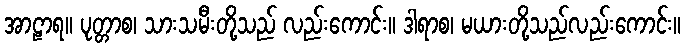
အာဠာရ။ ပုတ္တာစ၊ သားသမီးတို့သည် လည်းကောင်း။ ဒါရာစ၊ မယားတို့သည်လည်းကောင်း။